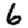
Digit: 6